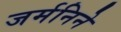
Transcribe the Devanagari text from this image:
जर्मनिने